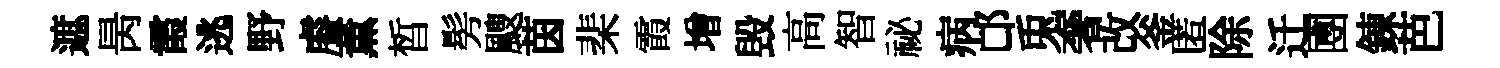
遮昺霞逃野𥈠薫晳髣颼茵棐霞增毁高智祕病邙兎奢改釜匿除迁圑錬芭